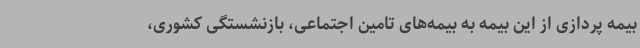
بیمه پردازی از این بیمه به بیمه‌های تامین اجتماعی، بازنشستگی کشوری،